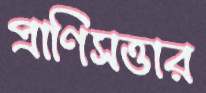
প্রাণিসত্তার